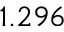
1 . 2 9 6